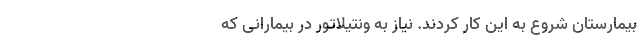
بیمارستان شروع به این کار کردند. نیاز به ونتیلاتور در بیمارانی که